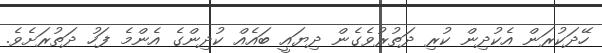
ހޭދަކުރަން އެކުދިން ކުރި ދަތުރުވެގެން ދިޔައީ ބައެއް ކުދިންގެ އެންމެ ފަހު ދަތުރަށެވެ.